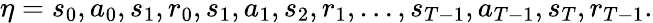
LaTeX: \eta=s_{0},a_{0},s_{1},r_{0},s_{1},a_{1},s_{2},r_{1},\dots,s_{T-1},a_{T-1},s_{T},r_{T-1}.